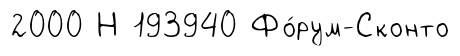
2000 Н 193940 Фо́рум-Сконто